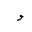
Letter: _waw